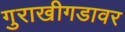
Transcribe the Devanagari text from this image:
गुराखीगडावर